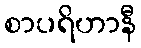
စာပရိဟာနီ